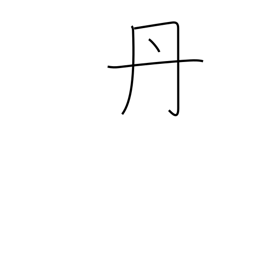
Meaning: rust-colored